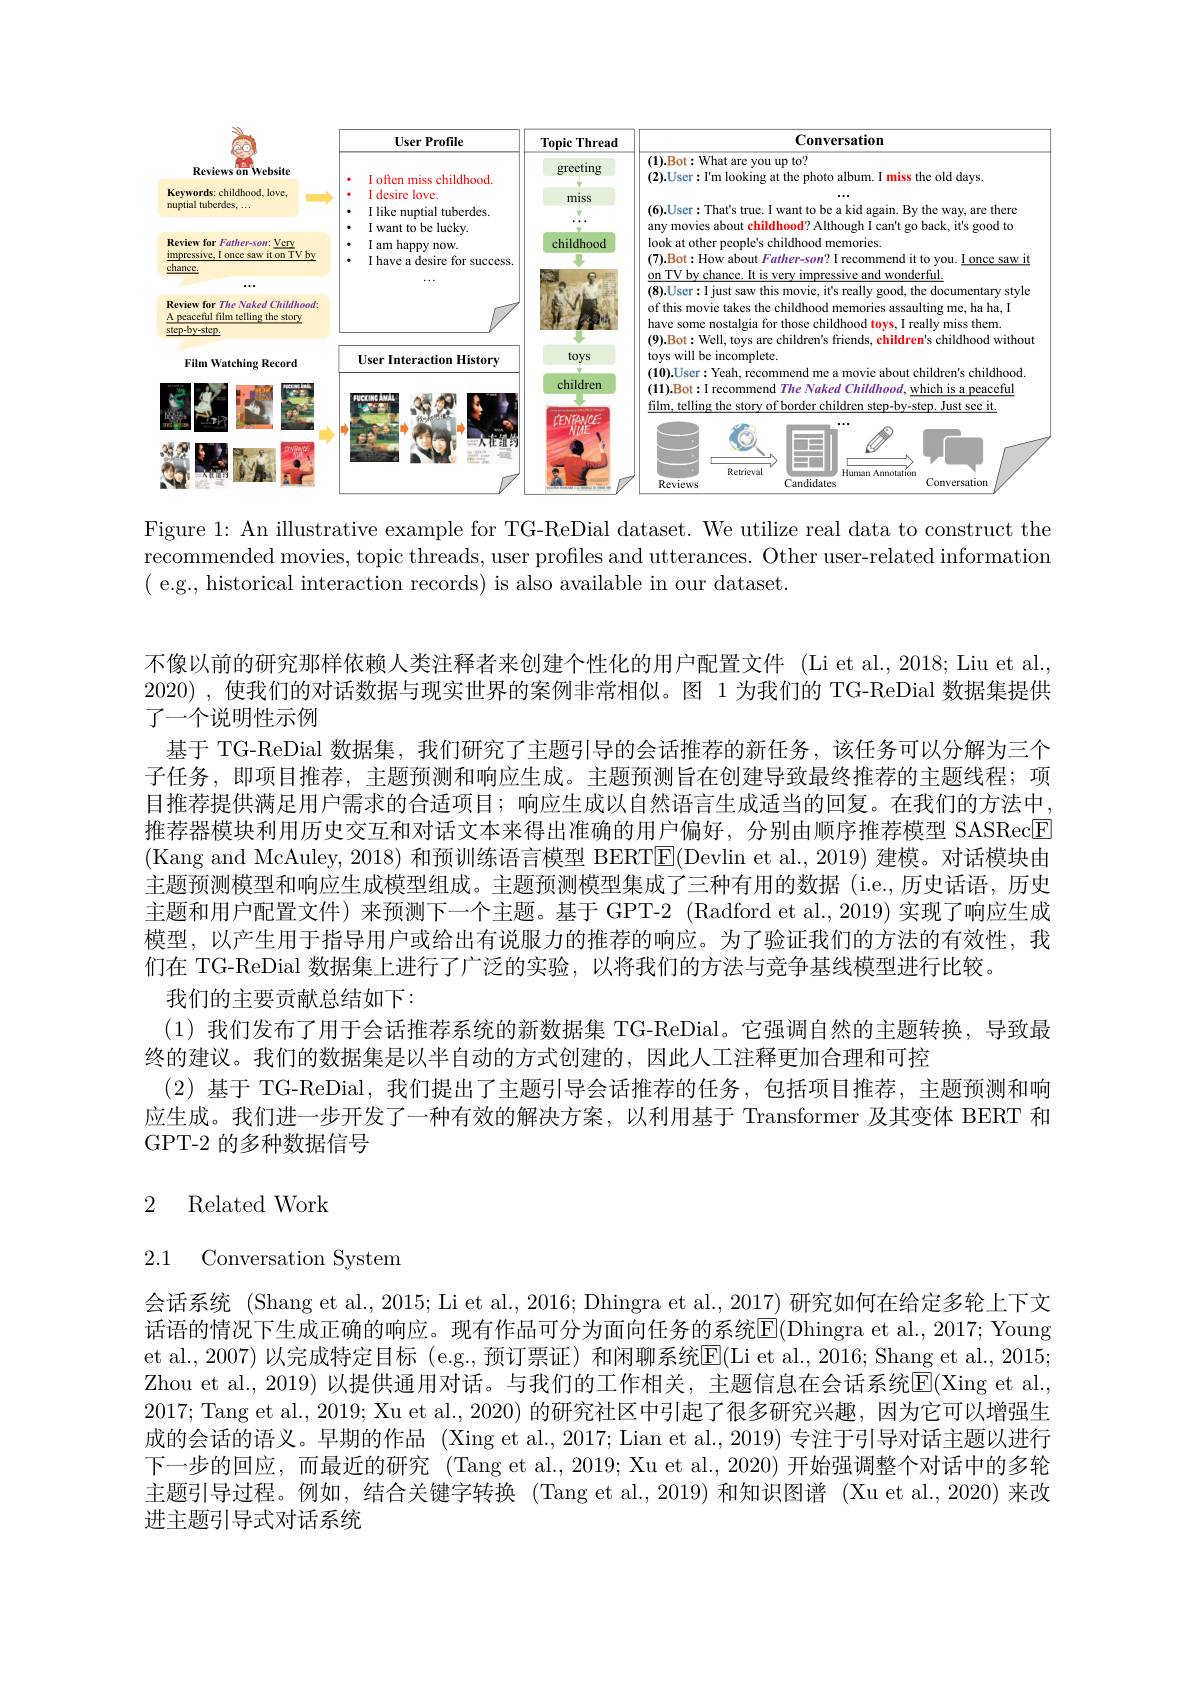
<FigureHere>

Figure 1: An illustrative example for TG-ReDial dataset. We utilize real data to construct the recommended movies, topic threads, user profiles and utterances. Other user-related information ( e.g., historical interaction records) is also available in our dataset.

不像以前的研究那样依赖人类注释者来创建个性化的用户配置文件 (Li et al.,2018; Liu et al., 2020) ,使我们的对话数据与现实世界的案例非常相似。图 1 为我们的 TG-ReDial 数据集提供了一个说明性示例
基于 TG-ReDial 数据集，我们研究了主题引导的会话推荐的新任务，该任务可以分解为三个子任务，即项目推荐，主题预测和响应生成。主题预测旨在创建导致最终推荐的主题线程；项目推荐提供满足用户需求的合适项目；响应生成以自然语言生成适当的回复。在我们的方法中， 推荐器模块利用历史交互和对话文本来得出准确的用户偏好，分别由顺序推荐模型 SASRec$\boxed{\mathrm{F}}$ (Kang and McAuley, 2018) 和预训练语言模型 BERT|E(Devlin et al., 2019) 建模。对话模块由主题预测模型和响应生成模型组成。主题预测模型集成了三种有用的数据 (i.e.,历史话语，历史主题和用户配置文件)来预测下一个主题。基于 GPT-2 (Radford et al., 2019) 实现了响应生成模型，以产生用于指导用户或给出有说服力的推荐的响应。为了验证我们的方法的有效性，我们在 TG-ReDial 数据集上进行了广泛的实验，以将我们的方法与竞争基线模型进行比较。
我们的主要贡献总结如下：
(1)我们发布了用于会话推荐系统的新数据集 TG-ReDial。它强调自然的主题转换，导致最
终的建议。我们的数据集是以半自动的方式创建的，因此人工注释更加合理和可控
(2)基于 TG-ReDial,我们提出了主题引导会话推荐的任务，包括项目推荐，主题预测和响应生成。我们进一步开发了一种有效的解决方案，以利用基于 Transformer 及其变体 BERT 和GPT-2 的多种数据信号

## 2 Related Work

2.1 Conversation System

会话系统 (Shang et al., 2015; Li et al., 2016; Dhingra et al., 2017) 研究如何在给定多轮上下文话语的情况下生成正确的响应。现有作品可分为面向任务的系统E(Dhingra et al., 2017; Young et al., 2007) 以完成特定目标 (e.g., 预订票证) 和闲聊系统E(Li et al., 2016; Shang et al., 2015; Zhou et al., 2019) 以提供通用对话。与我们的工作相关，主题信息在会话系统$\mathbb{E}($Xing et al. 2017; Tang et al., 2019; Xu et al., 2020) 的研究社区中引起了很多研究兴趣，因为它可以增强生成的会话的语义。早期的作品 (Xing et al., 2017; Lian et al., 2019) 专注于引导对话主题以进行下一步的回应，而最近的研究 (Tang et al., 2019; Xu et al., 2020) 开始强调整个对话中的多轮主题引导过程。例如，结合关键字转换 (Tang et al., 2019) 和知识图谱 (Xu et al., 2020) 来改进主题引导式对话系统